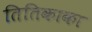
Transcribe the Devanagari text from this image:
तितिकाका